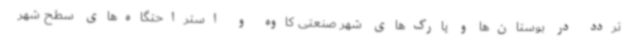
تردد در بوستان‌ها و پارک‌های شهر صنعتی کاوه و استراحتگاه‌های سطح شهر